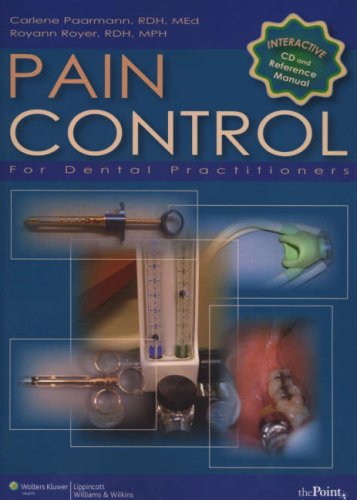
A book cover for Pain Control for Dental Practitioners: An Interactive Approach: Manual and CD-ROM (Royer, Pain Control for Dental Practitioners); Royann Royer RDH  MPH; Medical Books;